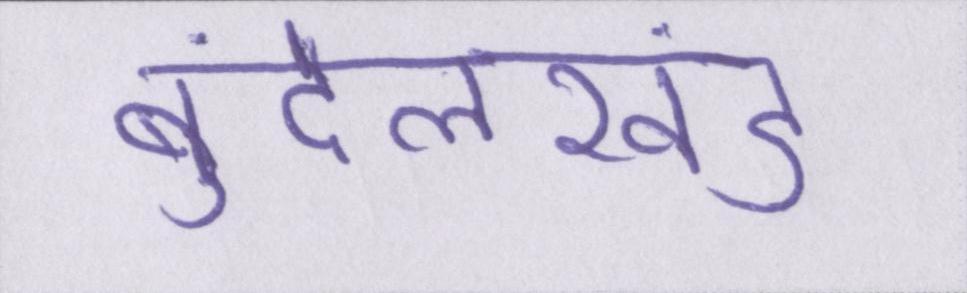
बुंदेलखंड